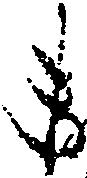
ま